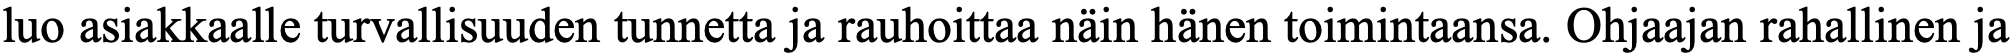
luo asiakkaalle turvallisuuden tunnetta ja rauhoittaa näin hänen toimintaansa. Ohjaajan rahallinen ja